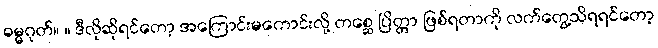
ဓမ္မဂုတ်။ ။ ဒီလိုဆိုရင်တော့ အကြောင်းမကောင်းလို့ တစ္ဆေ ပြိတ္တာ ဖြစ်ရတာကို လက်တွေ့သိရရင်တော့